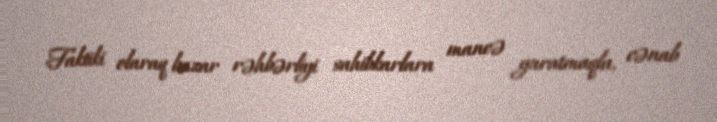
Faktiki olaraq bazar rəhbərliyi sahibkarlara maneə yaratmaqla, cənab